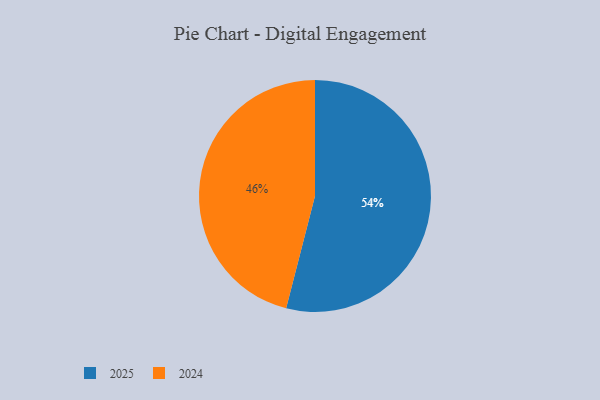
{"axis": {"x": "Category", "y": "Percentage"}, "legend": ["2024", "2025"], "data": [{"x": "2025", "y": 54, "type": "2025"}, {"x": "2024", "y": 46, "type": "2024"}]}